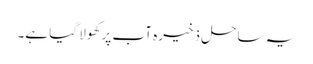
یہ ساحل ذخیرہ آب پر کھولا گیا ہے۔